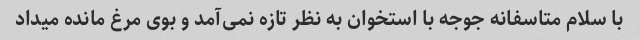
با سلام متاسفانه جوجه با استخوان به نظر تازه نمی‌آمد و بوی مرغ مانده میداد